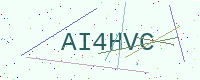
Text: AI4HVC